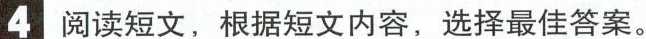
4 阅读短文,根据短文内容,选择最佳答案.